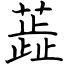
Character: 蕋